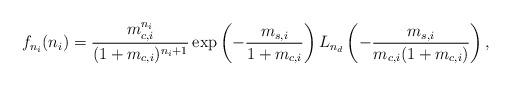
LaTeX: \begin{align*}f_{n_{i}}(n_{i})=\frac{m_{c,i}^{n_{i}}}{(1+m_{c,i})^{n_{i}+1}}\, \mathrm{exp}\left(-\frac{m_{s,i}}{1+m_{c,i}}\right)L_{n_{d}}\left(-\frac{m_{s,i}}{m_{c,i}(1+m_{c,i})}\right),\end{align*}